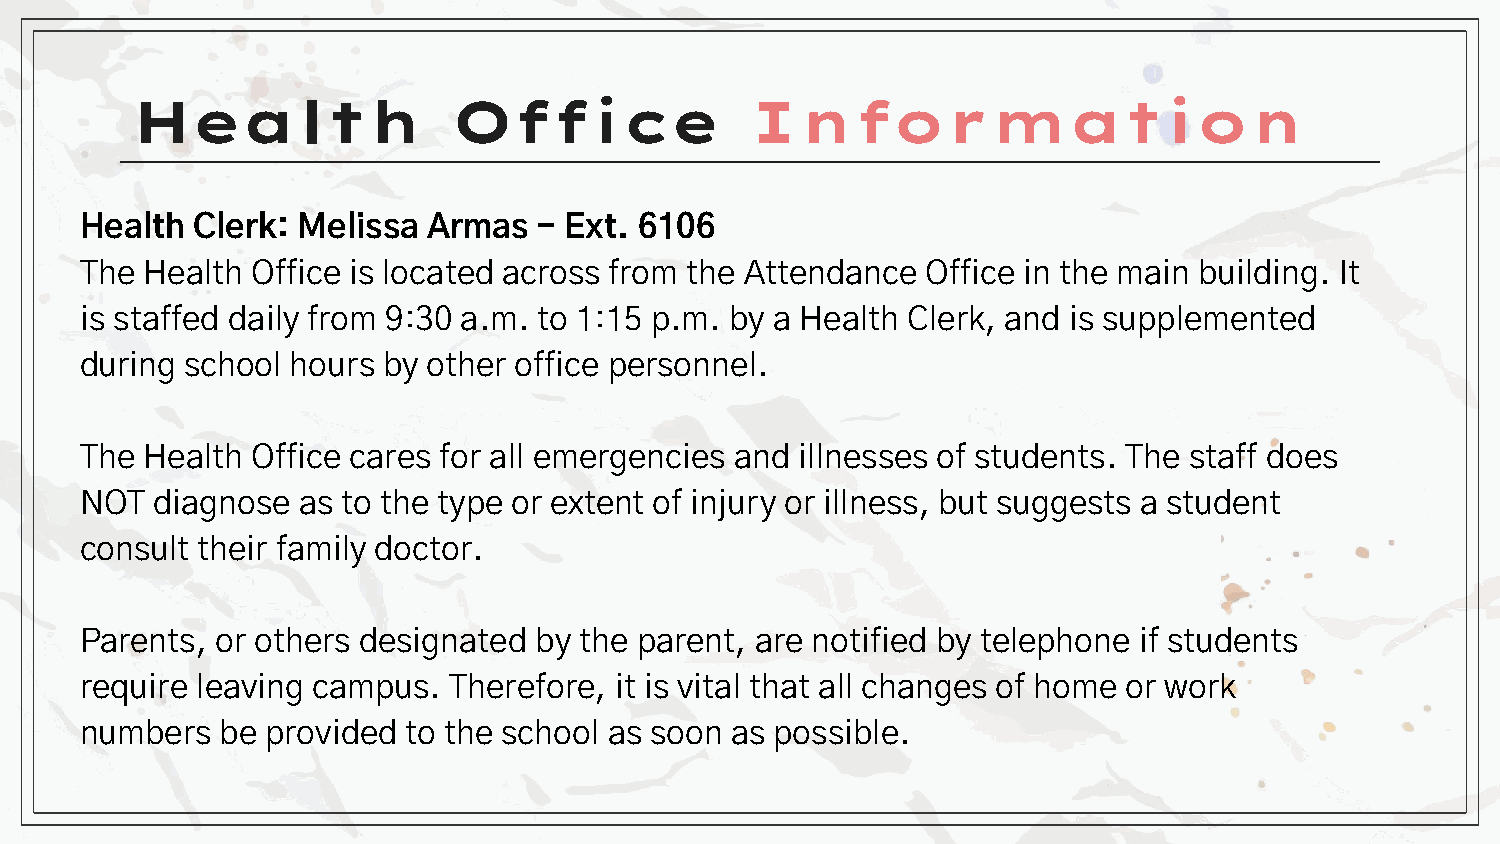
Health               Office              Information
 Health  Clerk: Melissa Armas   - Ext. 6106
 The Health  Office is located across from the Attendance Office in the main building. It
 is staffed daily from 9:30 a.m. to 1:15 p.m. by a Health Clerk, and is supplemented
 during school hours by other office personnel.
 The Health  Office cares for all emergencies and illnesses of students. The staff does
 NOT  diagnose  as to the type or extent of injury or illness, but suggests a student
 consult their family doctor.
 Parents, or others designated by the parent, are notified by telephone if students
 require leaving campus.  Therefore, it is vital that all changes of home or work
 numbers   be provided to the school as soon as possible.